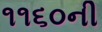
૧૧૬૦ની